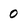
Character: 0